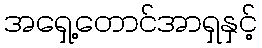
အရှေ့တောင်အာရှနှင့်